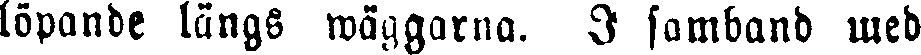
löpande längs wäggarna. I samband med